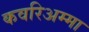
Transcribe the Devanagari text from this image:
कवरिअम्मा